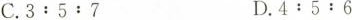
C.3:5:7 D.4:5:6